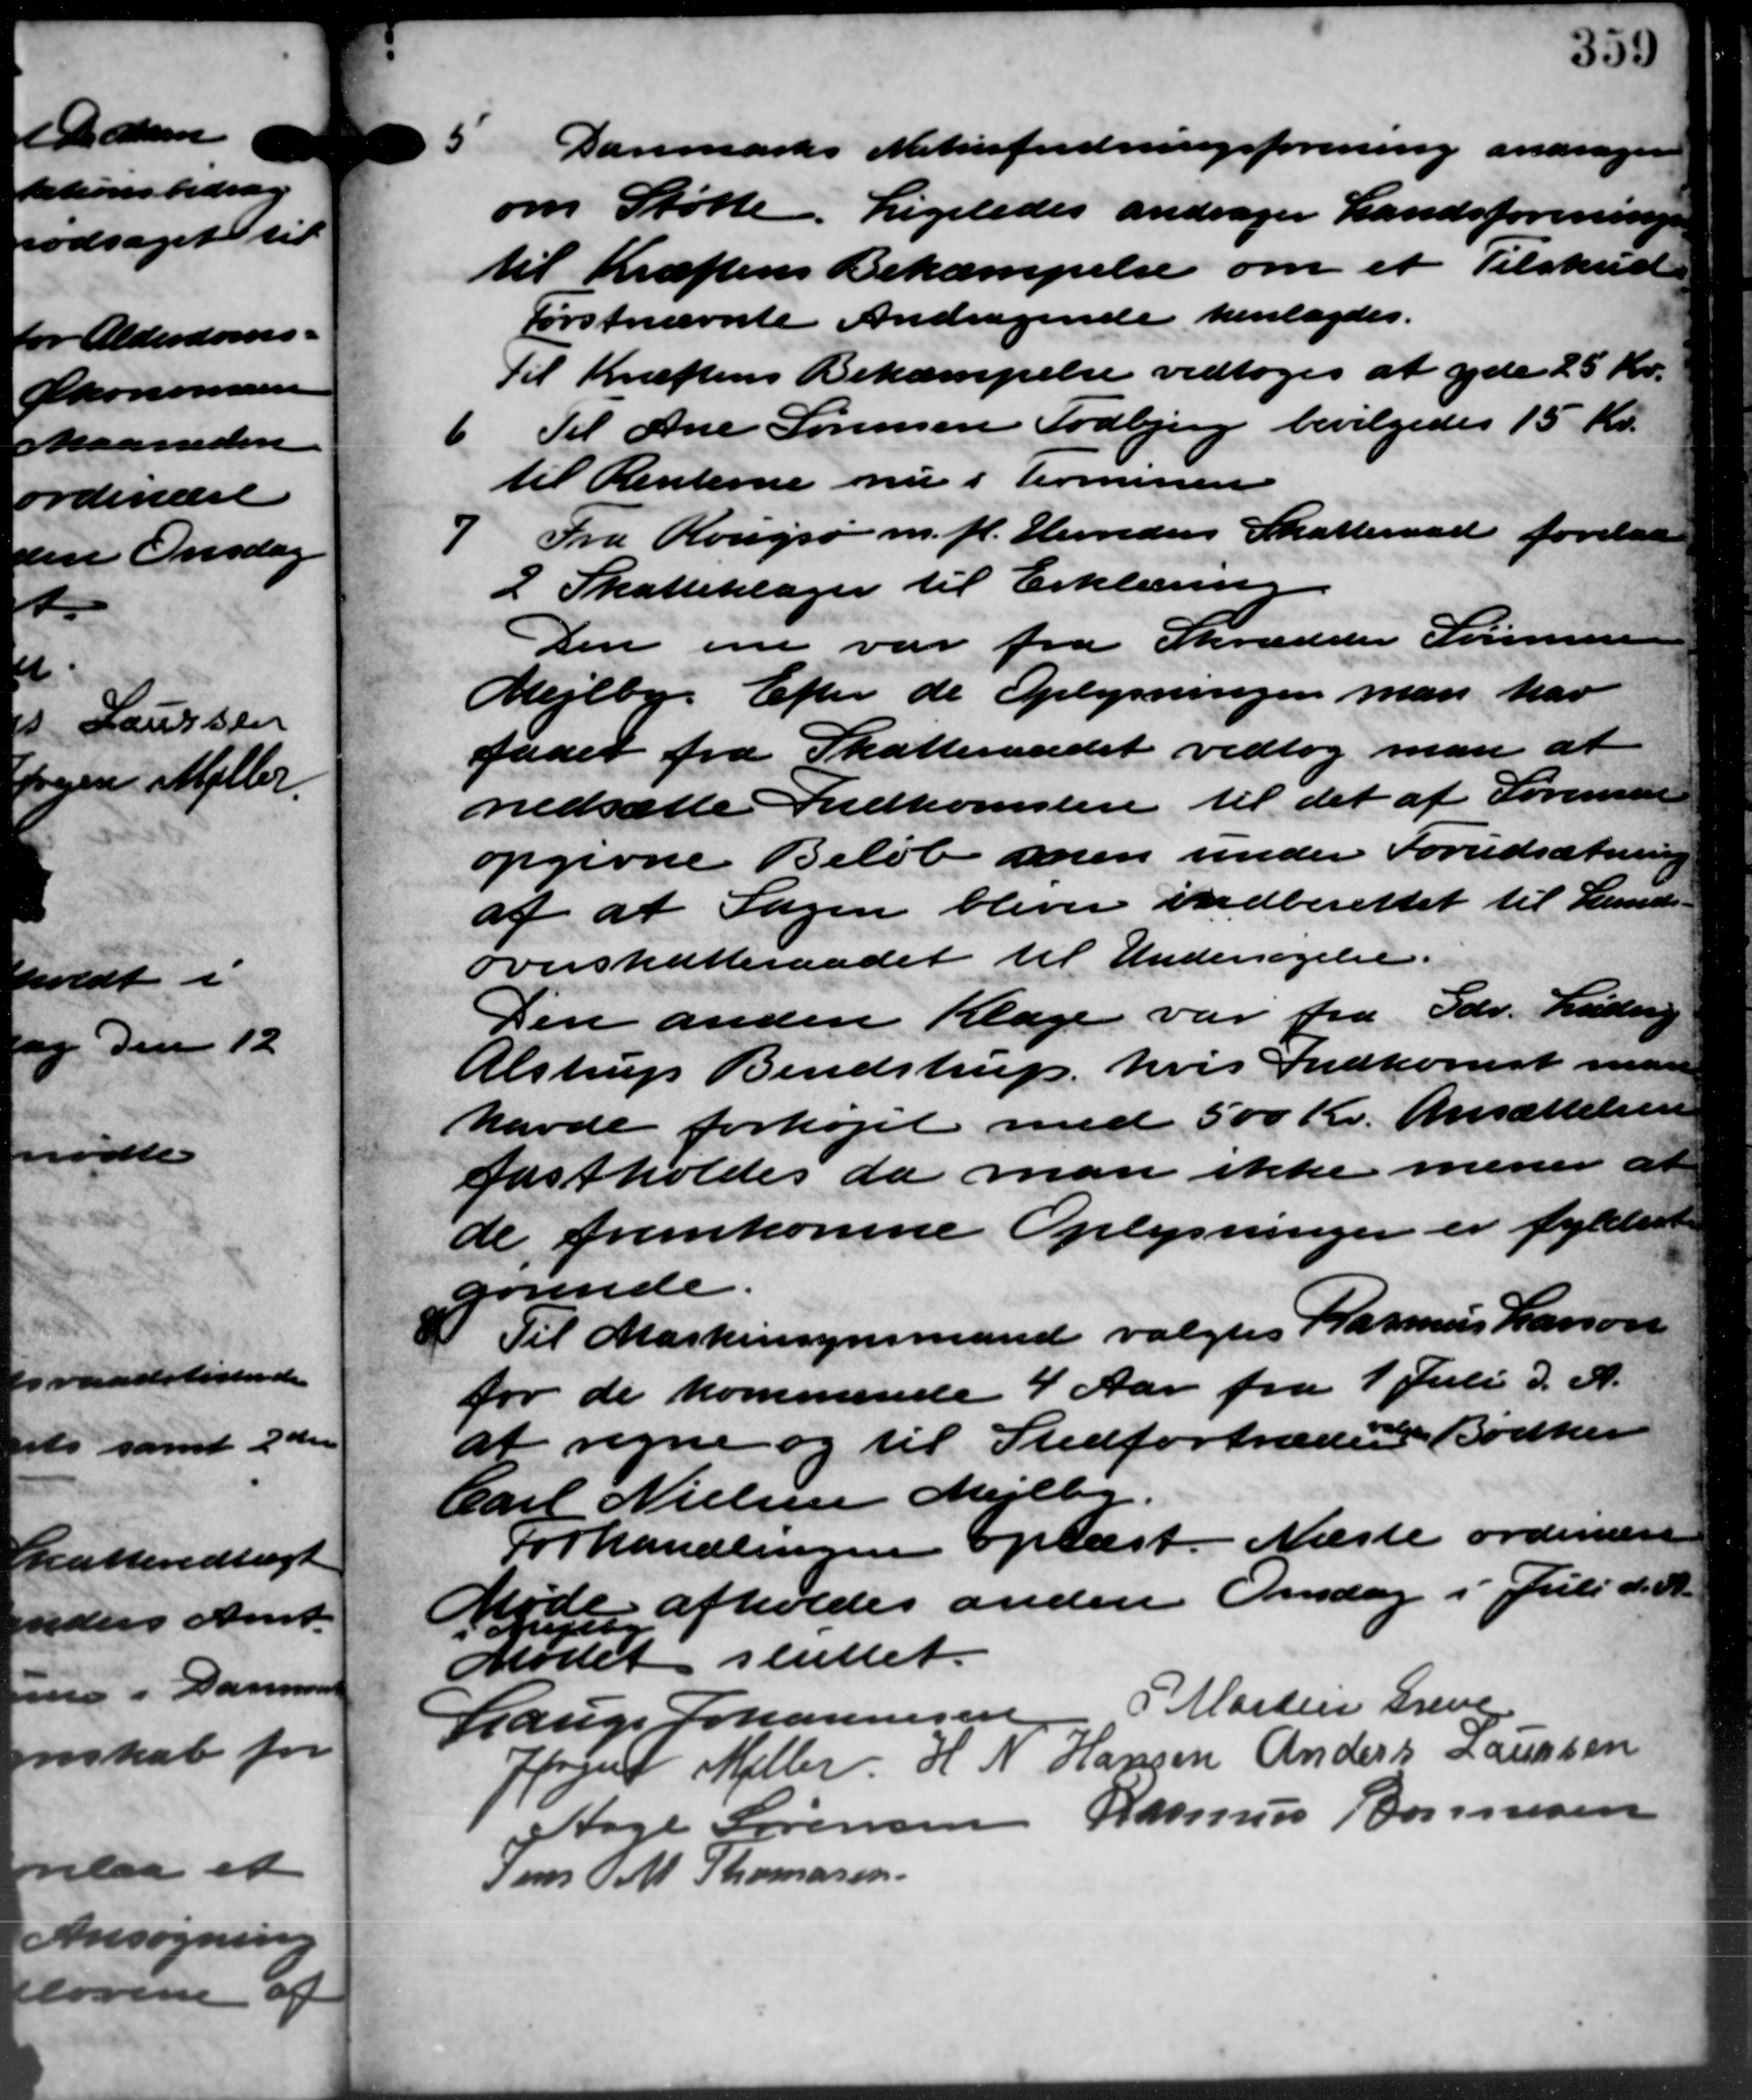
Transskription:
5
Danmarks Naturfredningsforening andrager
om Støtte. Ligeledes andrager Landsforeningen
til Kræftens Bekæmpelse om et Tilskud
Førstnævnte Andragende henlagdes.
Til Kræftens Bekæmpelse vedtoges at yde 25 Kr.
6
Til Ane Sørensen Todbjerg bevilgedes 15 Kr.
til Renterne nu i Komunen
7
Fra Rougsø m. fl. Herreders Skatteraad forelaa
2 Skatteklager til Erklæring.
Den om var fra Skrædder Sørensen
Mejlby. Efter de Oplysningen man har
faaet fra Skatteraadet vedtog man at
nedsætte Indkomsten til det af Sørensen
opgivne Beløb men under Forudsætning
af at Sagen bliver indberettet til Lunds –
overskatteraadet til Undersøgelse.
Den anden Klage var fra Gdr. Ludvig
Alstrup Bendstrup, hvis Indkomst man
havde forhøjet med 500 Kr. Ansættelsen
fastholdes da man ikke mener at
de fremkomne Oplysninger er fyldende
gørende.
 Til Maskinsynsmand valgtes Rasmus Larsen
for de kommende 4 Aar fra 1 Juli d. A.
at regne og til Stedfortræder Bødker
Carl Nielsen Mejlby "
Forhandlingen oplæst. Næste ordinære
de afholdes anden Onsdag i Juli d. A.
Mødet sluttet.
Orgelse
Lauge Johannesen P. Martin Greve
Jørgens Møller H N Hansen Anders Laursen
Aage Sørensen Rasmus Bonnesen
Jens M. Thomasen